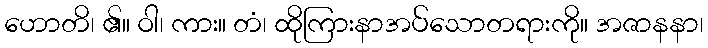
ဟောတိ၊ ၏။ ဝါ၊ ကား။ တံ၊ ထိုကြားနာအပ်သောတရားကို။ အဇာနနာ၊